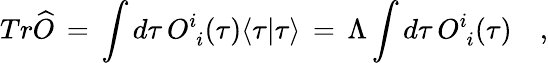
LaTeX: Tr\widehat{O}\, =\, \int d\tau\, O_{\phantom{i}i}^{i}(\tau)\langle\tau|\tau\rangle\, =\, \Lambda\int d\tau\, O_{\phantom{i}i}^{i}(\tau)\quad,